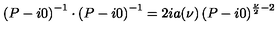
\left( P - i 0 \right) ^ { - 1 } \cdot \left( P - i 0 \right) ^ { - 1 } = 2 i a ( \nu ) \left( P - i 0 \right) ^ { \frac { \nu } { 2 } - 2 }